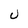
Character: U